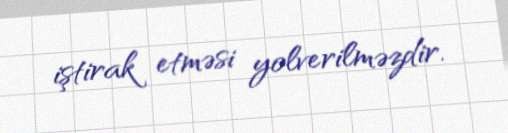
iştirak etməsi yolverilməzdir.